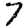
Digit: 7